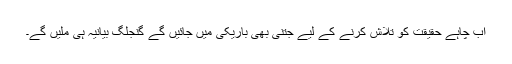
اب چاہے حقیقت کو تلاش کرنے کے لیے جتنی بھی باریکی میں جائیں گے گنجلگ بیانیہ ہی ملیں گے۔